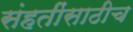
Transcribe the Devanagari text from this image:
संहतींसाठीच